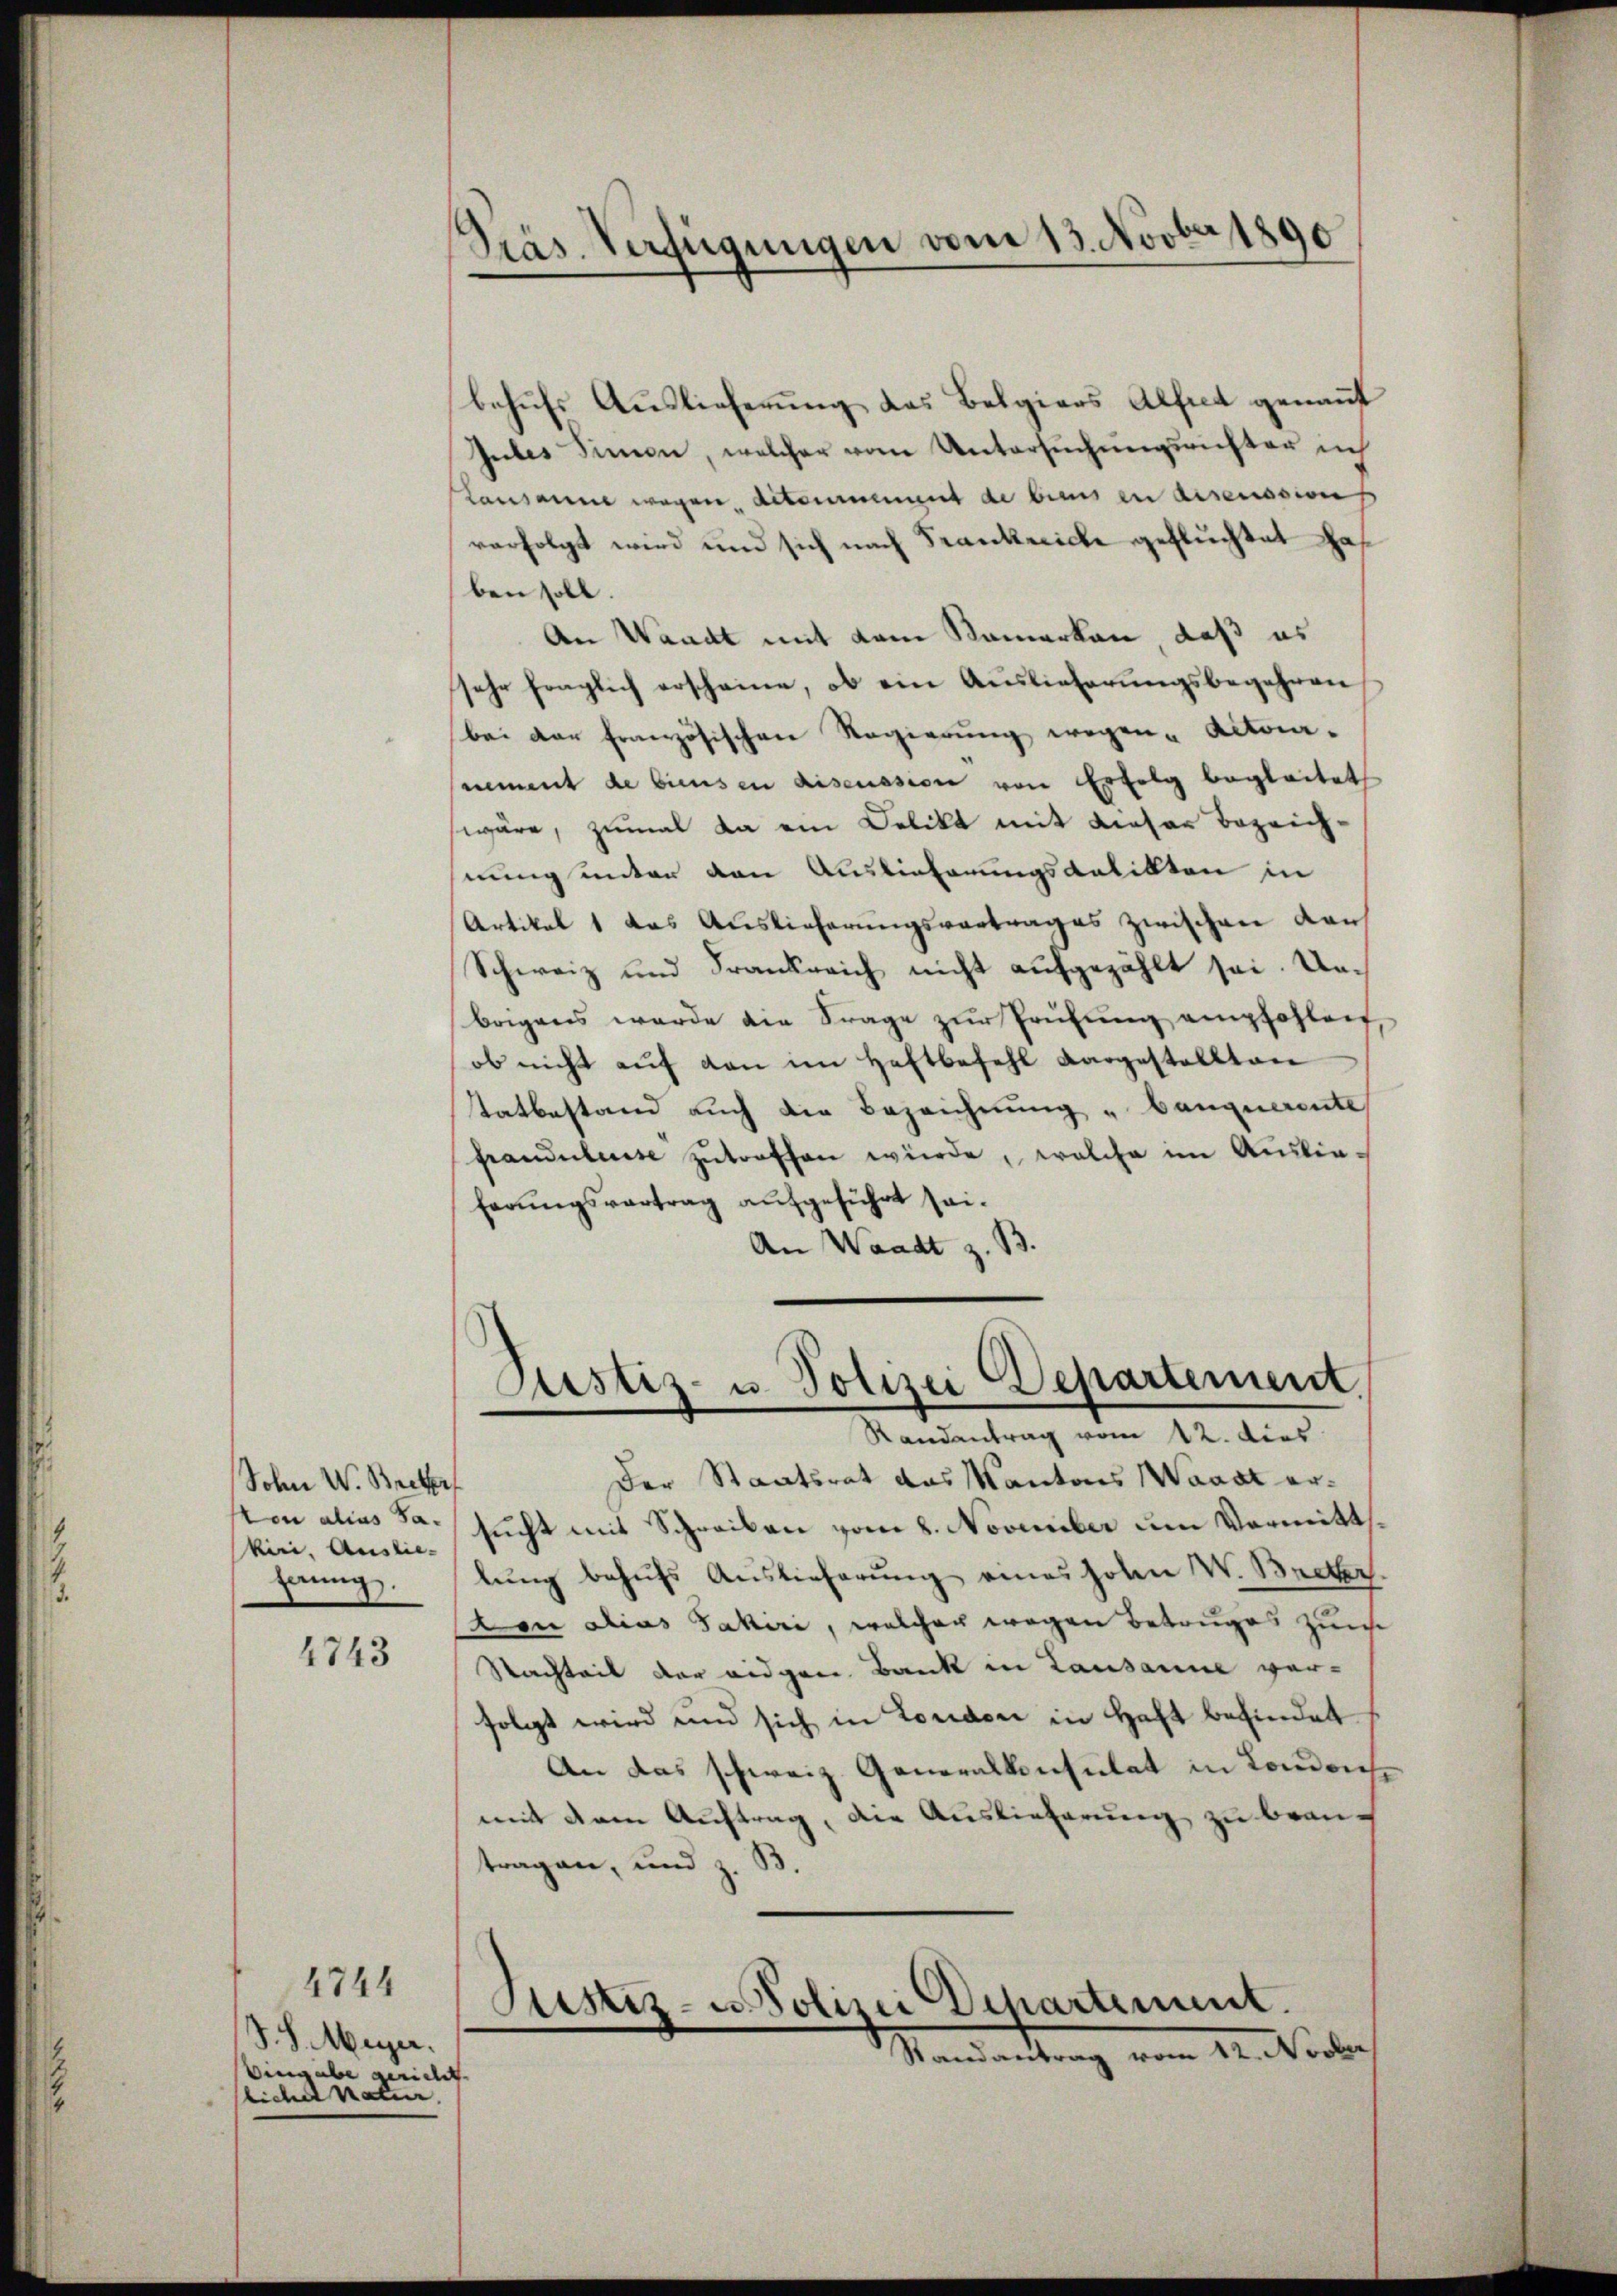
Sohn W. Bretter
kiri. Ausliehanng.

4743

S. S. Meyer.
Vingabe gericht
liche natur.

4744

Präs. Verfügungen vom 13. Novber 1890

behufs Auslieferung das Belgiers Alfred genannt
Gutes Simon, welcher vom Untersuchungsrichter ich
Lausanne wegen diteurement de biens in discussion
verfolgt wird und sich nach Frankreiche gefluchtet has
ben soll.
An Waadt mit dem Namerken, daß es
sehr fraglich erscheine, ob ein Auslieferungsbegehren
bei der französischen Regierung wegen- Actora-
nement de biensen discussion von Erfolg begleitet
wäre, zumal da ein Delikt mit dieser bezeichnung unter den Auslieferungsantikten in
Artikel 1 das Auslieferungsvertrages zwischen Laus
Schweiz und Frankreich nicht aufgezählt sei. Unbrigens werde die Frage zur Prüfung empfohleif,
ob nicht aŭf den im Haftbefehl dargestellten
tatbestand auch die Bezeichnung „Canquerente
fraudulasse zutreffen würde, welche im Auslie-
ferungsvortrag aufgeführt sei¬
An Waadt z. B.

Justiz- u. Polizei Departement
Randantrag vom 12. dies

Der Staatsrat das Kantons Waadt erton alias sa sucht mit Schreiben vom 8. November um Vormittlung behufs Auslieferung eines hohen W. Becker.
ton Dias Jakiri, welcher wegen Betruges zum
Nachteit der eidgen. Bank in Lausanne ver-
folgt wird und sich in London in Haft befindet
An das schweiz. Generalkonsulat in Londochmit dem Auftrag, die Auslieferung zu brauc
tragen, und z. B.
Justiz-Polizei Departement.
Mandantrag vom 12. Silber